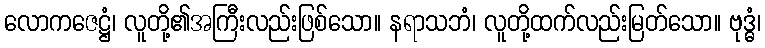
လောကဇေဋ္ဌံ၊ လူတို့၏အကြီးလည်းဖြစ်သော။ နရာသဘံ၊ လူတို့ထက်လည်းမြတ်သော။ ဗုဒ္ဓံ၊